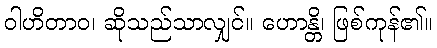
ဝါဟိတာဝ၊ ဆိုသည်သာလျှင်။ ဟောန္တိ၊ ဖြစ်ကုန်၏။